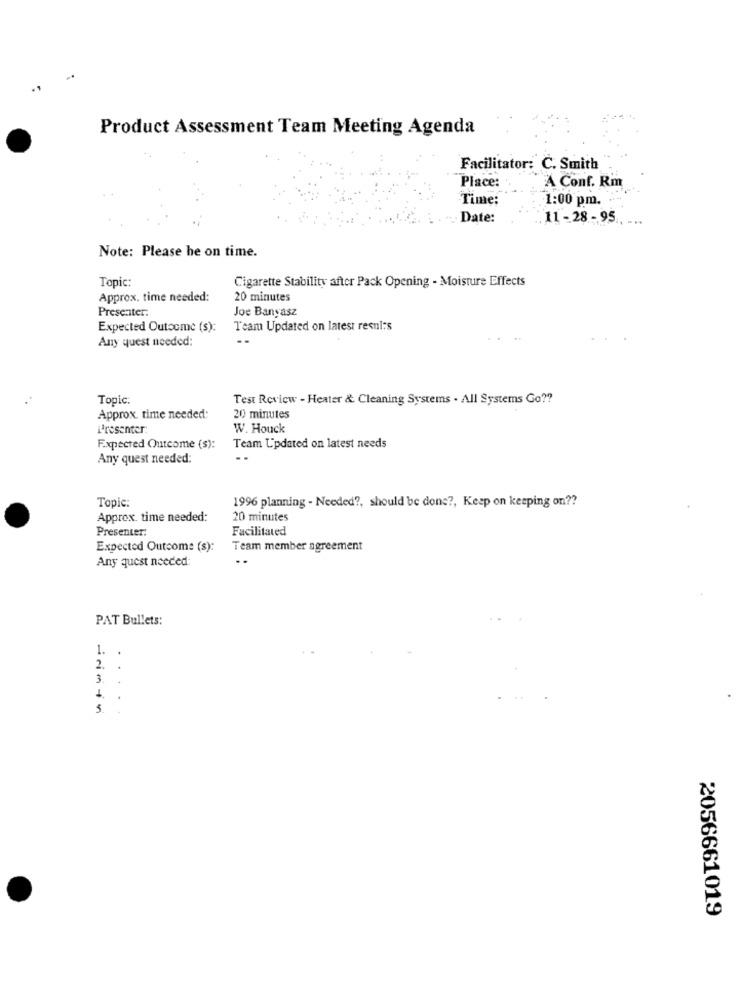
Product Assessment Team Meeting Agenda
Facilitator: C. Smith
Place:
A Conf. Rm
Time:
1:00 pm. .
Date:
11 - 28 - 95
Note: Please he on time.
Cigarette Stability after Pack Opening - Moisture Effects
Topic:
Approx, time needed:
20 minutes
Presenter:
Joe Banyasz
Expected Outsome (s):
Team Updated on latest resul:s
Any quest needed:
Topic:
Test Review - Heater & Cleaning Systems . All Systems Go ??
Approx. time needed:
20 minutes
Presenter:
W. Houck
Expected Outcome (s):
Team Updated on latest needs
Any quest needed:
1996 planning - Needed ?, should be done ?, Keep on keeping on ??
Topic:
Approx. time needed:
20 minutes
Presenter:
Facilitated
Expected Outcome (s):
Team member agreement
Any quest needed:
PAT Bullets:
1.
2.
3.
...
5.
2056661019